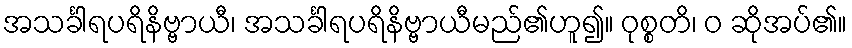
အသင်္ခါရပရိနိဗ္ဗာယီ၊ အသင်္ခါရပရိနိဗ္ဗာယီမည်၏ဟူ၍။ ဝုစ္စတိ၊ ဝ ဆိုအပ်၏။